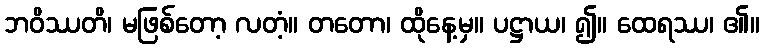
ဘဝိဿတိ၊ မဖြစ်တော့ လတံ့။ တတော၊ ထိုနေ့မှ။ ပဋ္ဌာယ၊ ၍။ ထေရဿ၊ ၏။